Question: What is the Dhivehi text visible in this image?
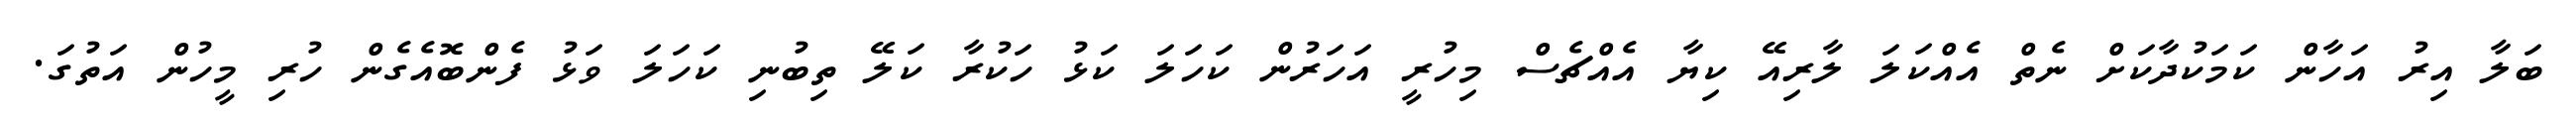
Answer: ބަލާ އިރު އަހާން ކަމަކުދާކަށް ނެތް އެއްކަލަ ލާރިއޭ ކިޔާ އެއްޗެސް މިހުރީ އަހަރުން ކަހަލަ ކަޅު ހަކުރާ ކަލޭ ތިބުނި ކަހަލަ ވަޅު ފެންބޮއެގެން ހުރި މީހުން އަތުގަ.